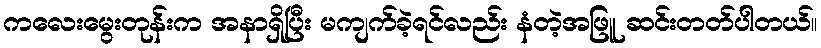
ကလေးမွေးတုန်းက အနာရှိပြီး မကျက်ခဲ့ရင်လည်း နံတဲ့အဖြူ ဆင်းတတ်ပါတယ်။